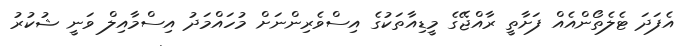
އެފަދަ ޓެލެތޯންއެއް ފަށާތީ ރާއްޖޭގެ މީޑިއާތަކުގެ އިސްވެރިންނަށް މުހައްމަދު އިސްމާއިލް ވަނީ ޝުކުރު